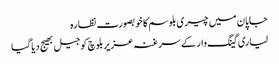
جاپان میں چیری بلوسم کا خوبصورت نظارہ
لیاری گینگ وار کے سرغنہ عزیربلوچ کو جیل بھیج دیا گیا